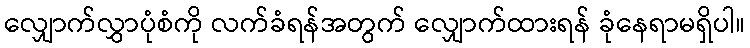
လျှောက်လွှာပုံစံကို လက်ခံရန်အတွက် လျှောက်ထားရန် ခုံနေရာမရှိပါ။